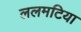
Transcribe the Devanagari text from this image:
ललमटिया